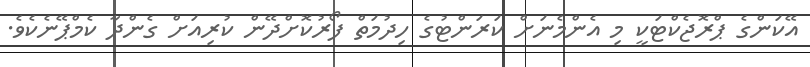
އޭކަންގެ ޕްރޮޖެކްޓަކީ މި އެންމެނަށް ކަރަންޓުގެ ހިދުމަތް ފޯރުކޮށްދޭން ކުރިއަށް ގެންދާ ކެމްޕޭނެކެވެ.